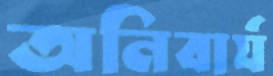
অনিবার্য